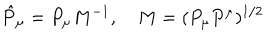
\hat { P } _ { \mu } = P _ { \mu } M ^ { - 1 } , \quad M = ( P _ { \mu } P ^ { \mu } ) ^ { 1 / 2 }